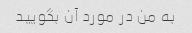
به من در مورد آن بگویید